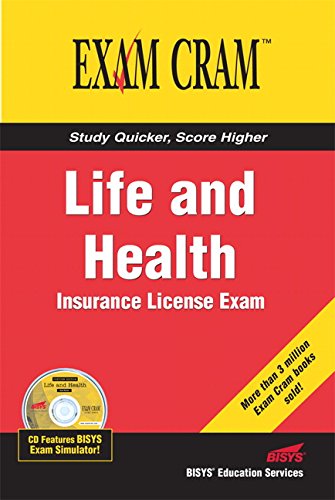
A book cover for Life and Health Insurance License Exam Cram; Bisys Educational Services; Test Preparation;